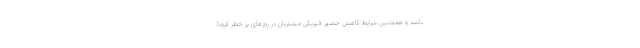
باشد و همچنین شرایط کاهش حضور فیزیکی مشتریان در روزهای پر خطر کرونا